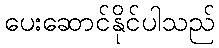
ပေးဆောင်နိုင်ပါသည်